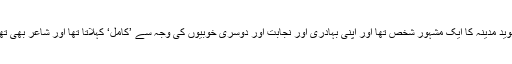
سُوَید مدینہ کا ایک مشہور شخص تھا اور اپنی بہادری اور نجابت اور دوسری خوبیوں کی وجہ سے ’کامل‘ کہلاتا تھا اور شاعر بھی تھا۔